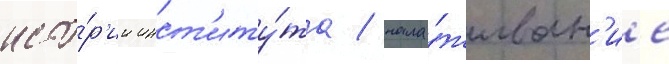
исто́р'ии инст'иту́та / нала́живан'ие